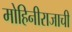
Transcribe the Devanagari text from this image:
मोहिनीराजाची